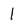
Character: 1